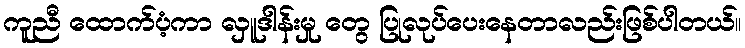
ကူညီ ထောက်ပံ့ကာ လှူဒါန်းမှု တွေ ပြုလုပ်ပေးနေတာလည်းဖြစ်ပါတယ်။